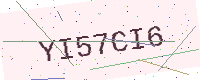
Text: YI57CI6